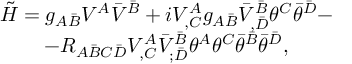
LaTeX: \begin{array} { c } { { { \tilde { \cal H } } = g _ { A \bar { B } } V ^ { A } { \bar { V } } ^ { \bar { B } } + i V _ { , C } ^ { A } g _ { A \bar { B } } { \bar { V } } _ { , \bar { D } } ^ { \bar { B } } \theta ^ { C } { \bar { \theta } } ^ { \bar { D } } - } } \\ { { - R _ { A { \bar { B } } C { \bar { D } } } V _ { , C } ^ { A } { \bar { V } } _ { ; \bar { D } } ^ { \bar { B } } \theta ^ { A } \theta ^ { C } { \bar { \theta } } ^ { \bar { B } } { \bar { \theta } } ^ { \bar { D } } , } } \end{array}